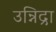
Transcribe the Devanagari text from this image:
उन्निद्रा